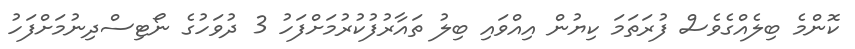
ކޮންމެ ބިލެއްގެވެސް ފުރަތަމަ ކިޔުން އިއްވައި ބިލު ތައާރުފުކުރުމަށްފަހު 3 ދުވަހުގެ ނޯޓިސްދިނުމަށްފަހު